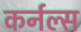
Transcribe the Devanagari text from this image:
कर्नल्‍स